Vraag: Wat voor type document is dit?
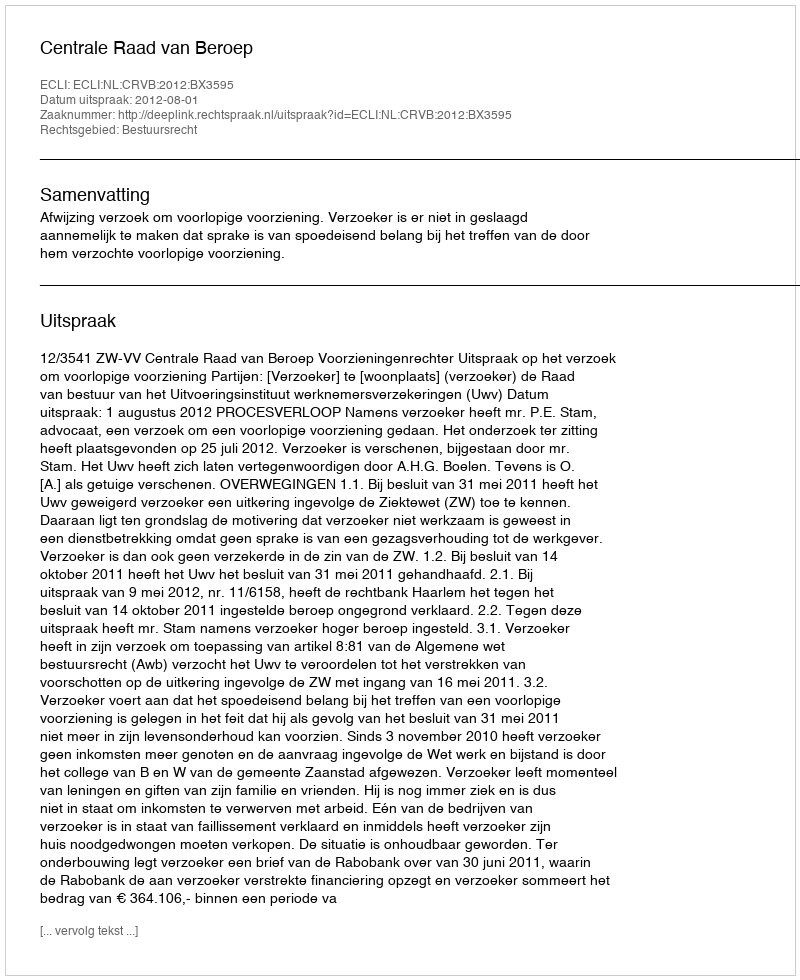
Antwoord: Uitspraak